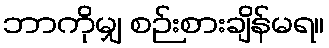
ဘာကိုမျှ စဉ်းစားချိန်မရ။